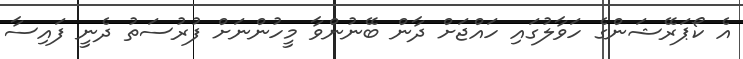
އެ ކޯޕަރޭޝަންގެ ހަވާލުގައި ހައްޖަށް ދާން ބޭނުންވާ މީހުންނަށް ފުރުސަތު ދެނީ ފައިސާ